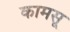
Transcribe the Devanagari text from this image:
कामसू